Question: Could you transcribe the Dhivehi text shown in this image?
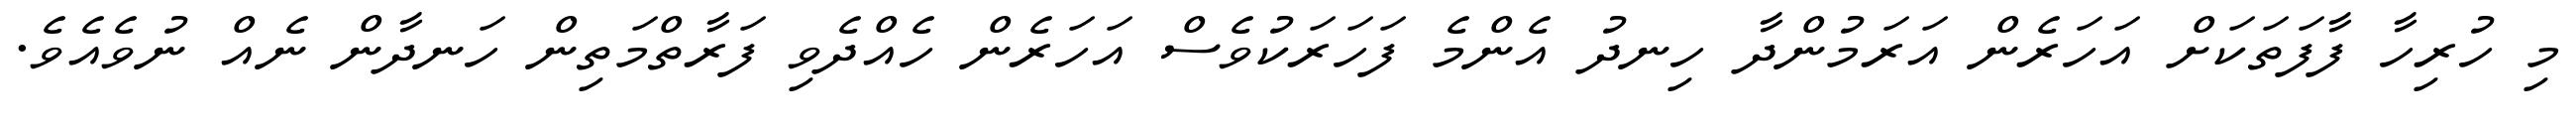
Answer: މި ހުރިހާ ފާފަތަކަށް އަހަރެން އަރަމުންދާ ހިނދު އެންމެ ފަހަރަކުވެސް އަހަރެން ހެއްދެވި ފަރާތްމަތިން ހަނދާން ނެއް ނުވެއެވެ.